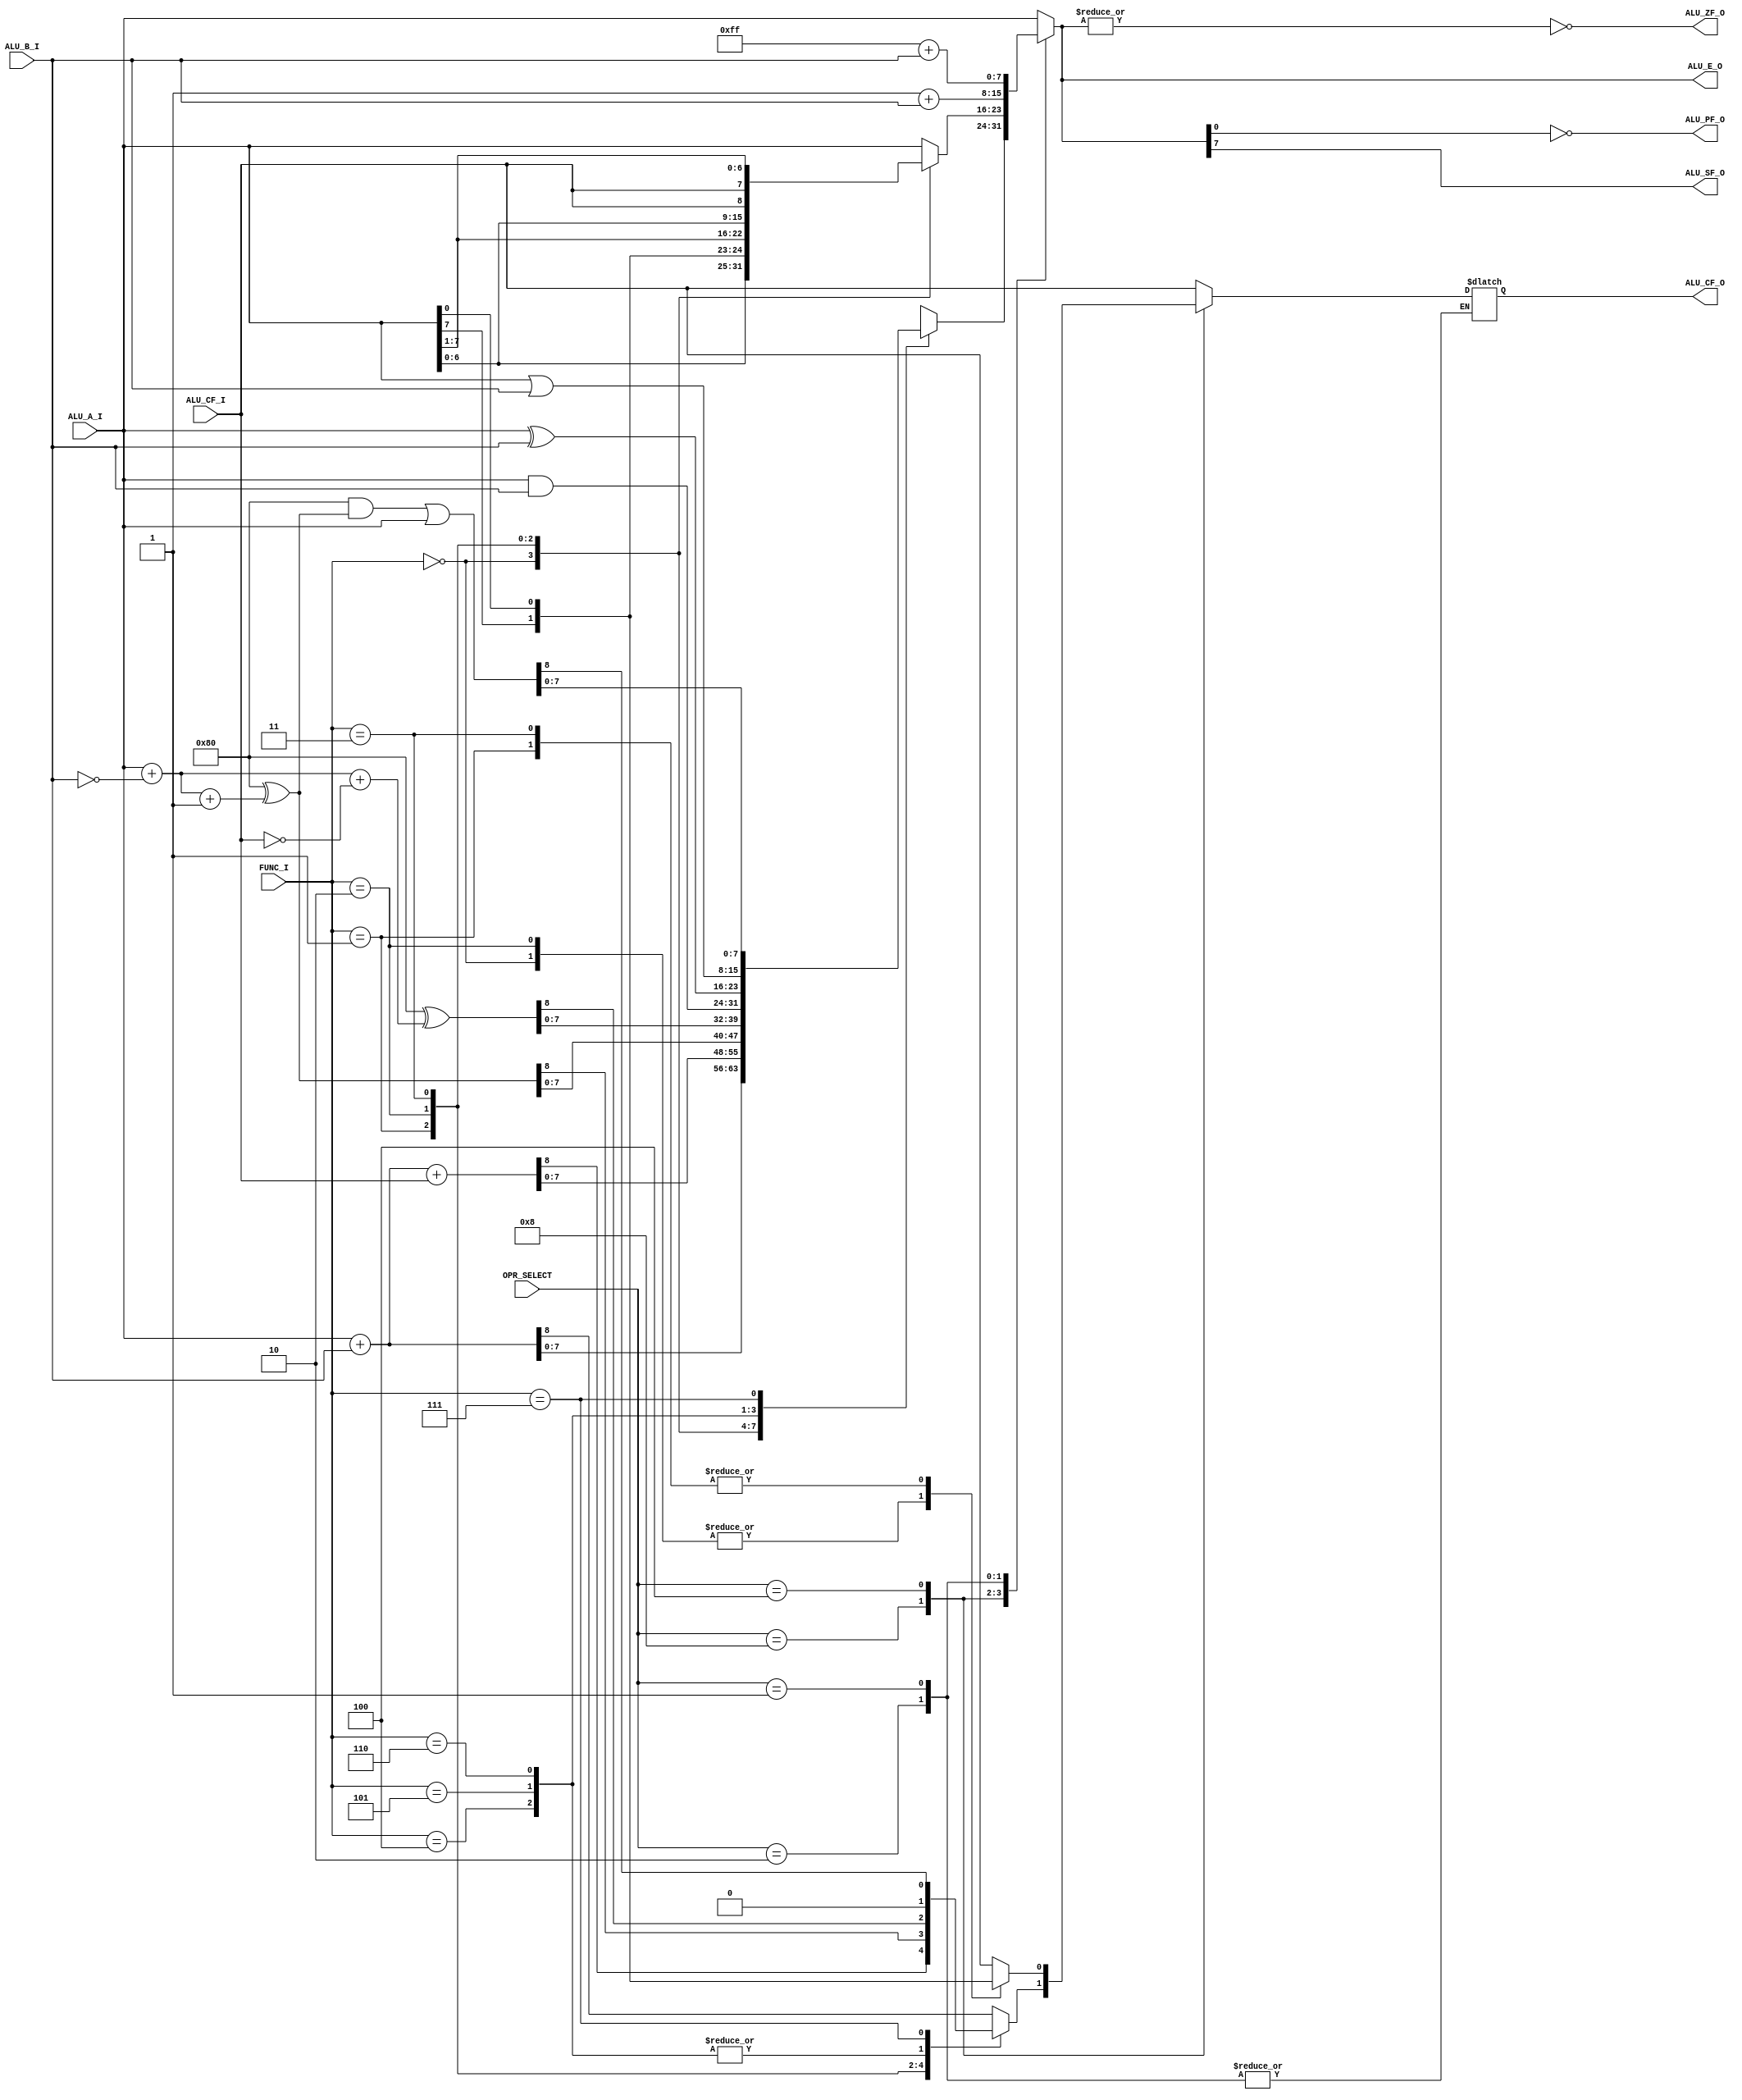
// **********
// COPYRIGHT(c) 2018, LUOYIN
// All rights reserved
// 
// IP LIB INDEX	:
// IP Name		:
// File Name	:
// Module Name	:
// Full Name	:
// 
// Author		: 
// Email		:
// Data			:
// Version		:
//
// Abstract		:
// Called By	: 
// 
// Modification Histroy
// 
// **********

// **********
// DEFINE MODEL PORT
// **********
//
module cpu_alu(
	OPR_SELECT, FUNC_I,
	ALU_A_I, ALU_B_I, ALU_CF_I,
	ALU_E_O, ALU_CF_O, ALU_ZF_O, ALU_SF_O, ALU_PF_O
);

	// **********
	// DEFINE PARAMETER
	// **********

	// **********
	// DEFINE INPUT
	// **********
	input wire [3:0]	OPR_SELECT;			// 1000: ALU  0100: ROT  0010: INC  0001: DCR
	input wire [2:0]	FUNC_I;
	input wire [7:0]	ALU_A_I;
	input wire [7:0]	ALU_B_I;
	input wire			ALU_CF_I;

	// **********
	// DEFINE OUTPUT
	// **********
	output reg [7:0]	ALU_E_O;
	output reg			ALU_CF_O;
	output wire			ALU_ZF_O;
	output wire			ALU_SF_O;
	output wire			ALU_PF_O;

	// **********
	// ATRRIBUTE
	// **********

	// **********
	// INSTANCE MODULE
	// **********
	assign ALU_ZF_O = ~(|ALU_E_O);
	assign ALU_SF_O = ALU_E_O[7];
	assign ALU_PF_O = ~ALU_E_O[0];

	// **********
	// MAIN CODE
	// **********
	always @(ALU_A_I, ALU_B_I, ALU_CF_I, OPR_SELECT, FUNC_I) begin
		case(OPR_SELECT)
			4'b1000:
				case(FUNC_I) 
					3'b000: 	{ALU_CF_O, ALU_E_O} <= ALU_A_I + ALU_B_I;
					3'b001: 	{ALU_CF_O, ALU_E_O} <= ALU_A_I + ALU_B_I + ALU_CF_I;
					3'b010: 	{ALU_CF_O, ALU_E_O} <= 9'b10000000 ^ (ALU_A_I + (~ALU_B_I) + 1'b1);
					3'b011: 	{ALU_CF_O, ALU_E_O} <= 9'b10000000 ^ (ALU_A_I + (~ALU_B_I) + (1'b1^ALU_CF_I) );
					3'b100: 	{ALU_CF_O, ALU_E_O} <= { 1'b0, ALU_A_I & ALU_B_I };
					3'b101: 	{ALU_CF_O, ALU_E_O} <= { 1'b0, ALU_A_I ^ ALU_B_I };
					3'b110: 	{ALU_CF_O, ALU_E_O} <= { 1'b0, ALU_A_I | ALU_B_I };
					3'b111: 	{ALU_CF_O, ALU_E_O} <= (9'b10000000 & (9'b10000000 ^ (ALU_A_I + (~ALU_B_I) + 1'b1) ) ) | ALU_A_I;
					default: 	{ALU_CF_O, ALU_E_O} <= { ALU_CF_I, ALU_A_I };
				endcase
			4'b0100:
				case(FUNC_I)
					3'b000: 	{ALU_CF_O, ALU_E_O} <= { ALU_A_I[7], ALU_A_I[6:0], ALU_A_I[7] };
					3'b001: 	{ALU_CF_O, ALU_E_O} <= { ALU_A_I[0], ALU_A_I[0], ALU_A_I[7:1] };
					3'b010: 	{ALU_CF_O, ALU_E_O} <= { ALU_A_I, ALU_CF_I };
					3'b011: 	{ALU_E_O, ALU_CF_O} <= { ALU_CF_I, ALU_A_I };
					default: 	{ALU_CF_O, ALU_E_O} <= { ALU_CF_I, ALU_A_I };
				endcase
			4'b0010: ALU_E_O <= 8'b00000001 + ALU_B_I;
			4'b0001: ALU_E_O <= 8'b11111111 + ALU_B_I;
			default: {ALU_CF_O, ALU_E_O} <= { ALU_CF_I, ALU_A_I };
		endcase
	end

endmodule